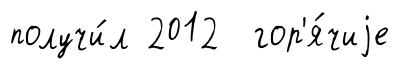
получи́л 2012 гор'я́чиjе